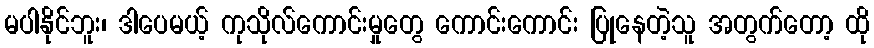
မပါနိုင်ဘူး၊ ဒါပေမယ့် ကုသိုလ်ကောင်းမှုတွေ ကောင်းကောင်း ပြုနေတဲ့သူ အတွက်တော့ ထို